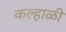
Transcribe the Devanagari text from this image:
कल्हाळी